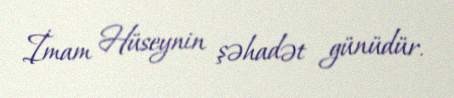
İmam Hüseynin şəhadət günüdür.